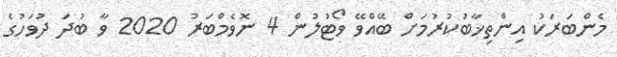
މެންބަރަކު އިންތިޚާބުކުރުމަށް ބޭއްވޭ ވޯޓުލުން 4 ނޮވެމްބަރު 2020 ވާ ބުދަ ދުވަހުގެ